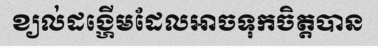
ខ្យល់ដង្ហើមដែលអាចទុកចិត្តបាន